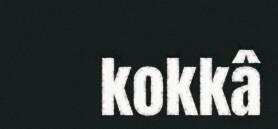
kokkâ